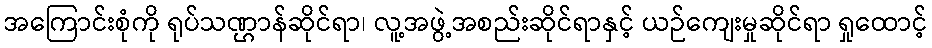
အကြောင်းစုံကို ရုပ်သဏ္ဌာန်ဆိုင်ရာ၊ လူ့အဖွဲ့အစည်းဆိုင်ရာနှင့် ယဉ်ကျေးမှုဆိုင်ရာ ရှုထောင့်